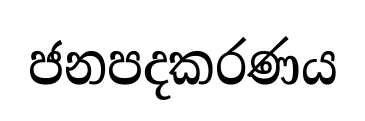
ජනපදකරණය